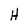
Character: H